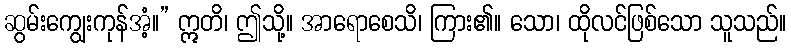
ဆွမ်းကျွေးကုန်အံ့။” ဣတိ၊ ဤသို့။ အာရောစေသိ၊ ကြား၏။ သော၊ ထိုလင်ဖြစ်သော သူသည်။